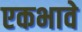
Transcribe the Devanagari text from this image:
एकभावे